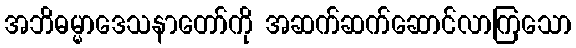
အဘိဓမ္မာဒေသနာတော်ကို အဆက်ဆက်ဆောင်လာကြသော